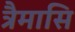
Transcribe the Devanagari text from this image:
त्रैमासि